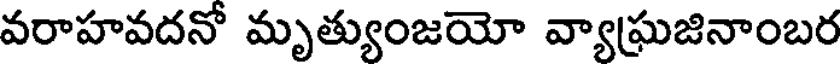
వరాహవదనో మృత్యుంజయో వ్యాఘ్రజినాంబర